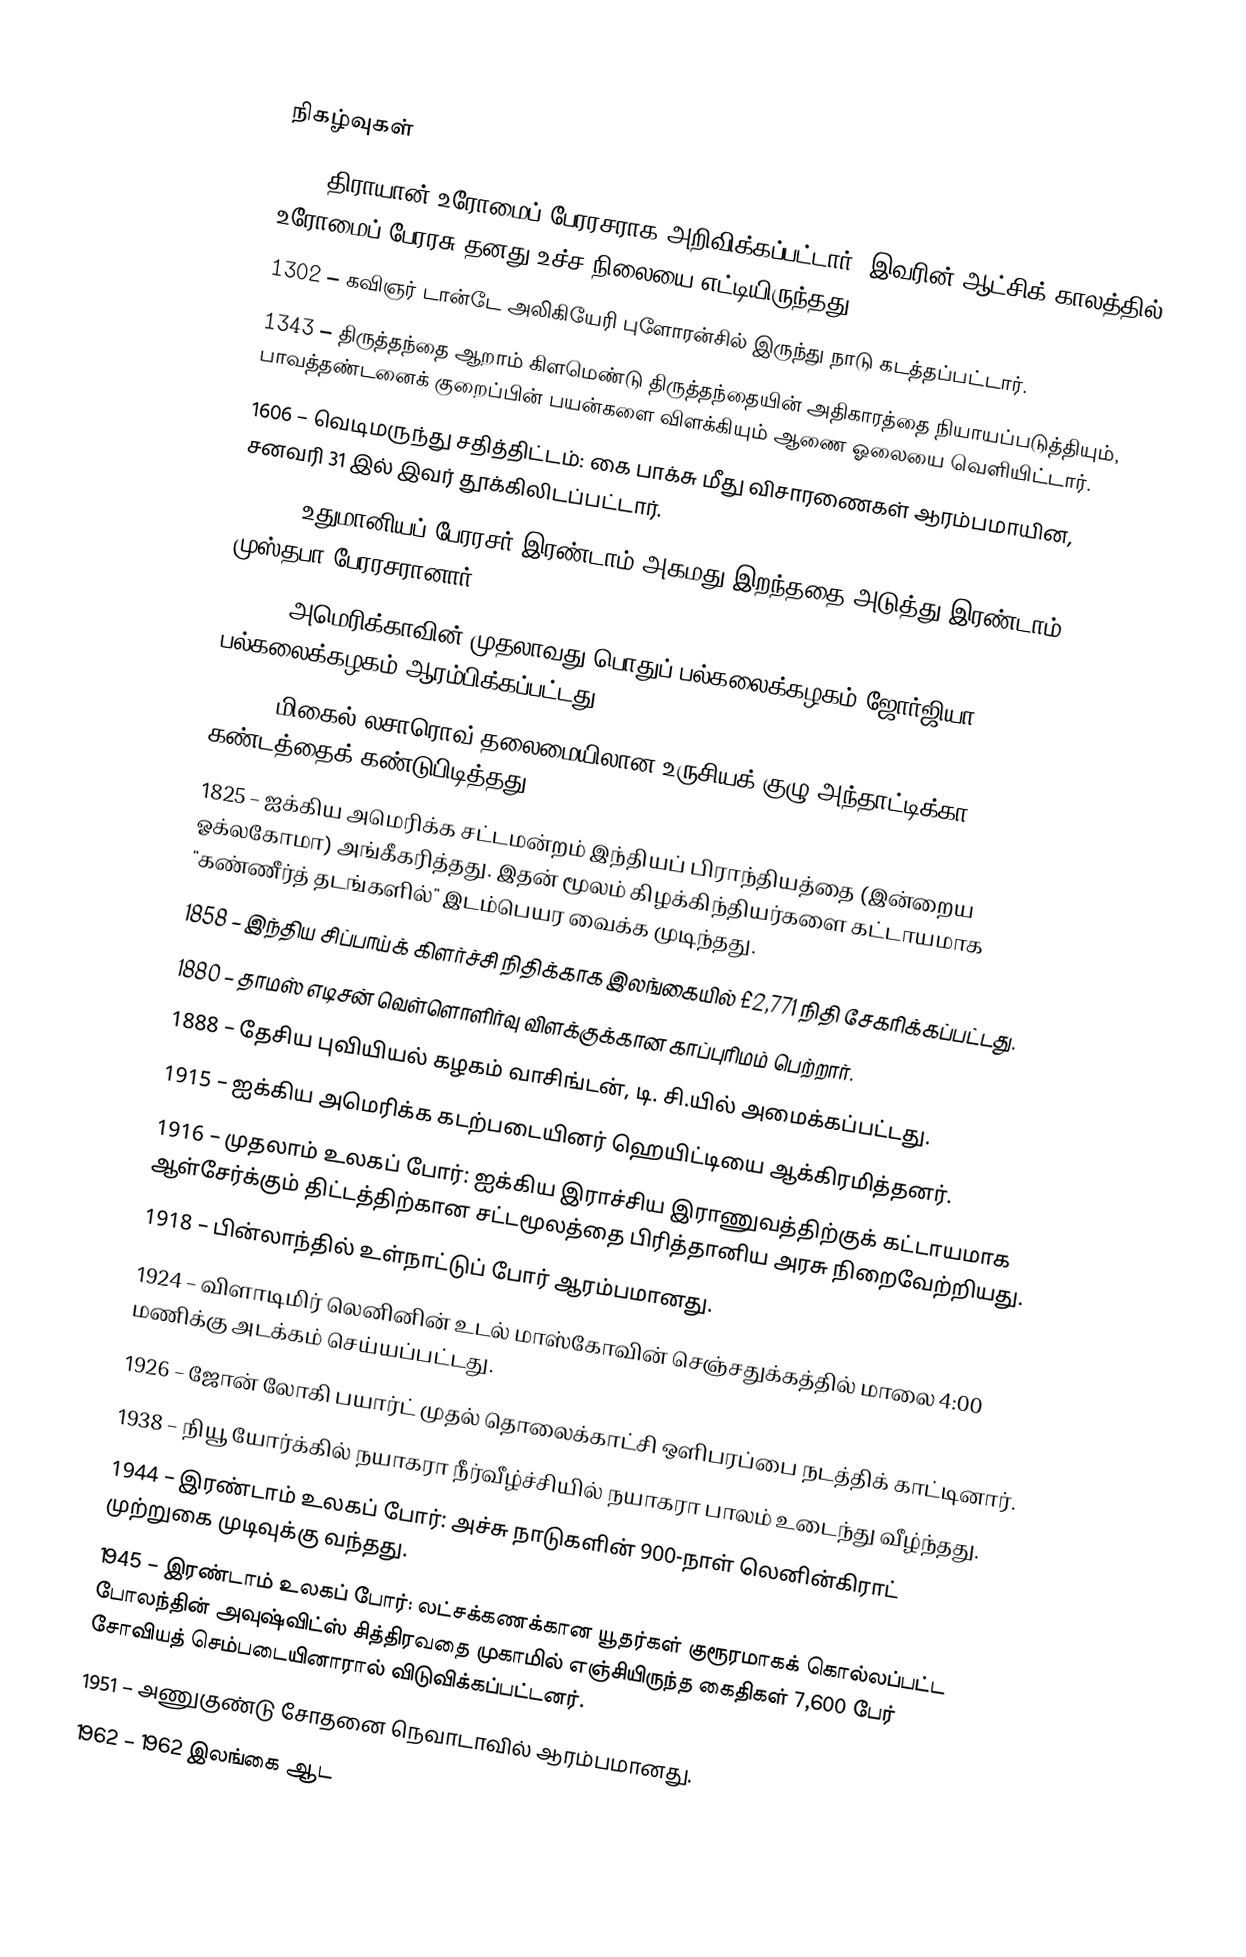

நிகழ்வுகள்
 98 – திராயான் உரோமைப் பேரரசராக அறிவிக்கப்பட்டார். இவரின் ஆட்சிக் காலத்தில் உரோமைப் பேரரசு தனது உச்ச நிலையை எட்டியிருந்தது.
1302 – கவிஞர் டான்டே அலிகியேரி புளோரன்சில் இருந்து நாடு கடத்தப்பட்டார்.
1343 – திருத்தந்தை ஆறாம் கிளமெண்டு திருத்தந்தையின் அதிகாரத்தை நியாயப்படுத்தியும், பாவத்தண்டனைக் குறைப்பின் பயன்களை விளக்கியும் ஆணை ஓலையை வெளியிட்டார்.
1606 – வெடிமருந்து சதித்திட்டம்: கை பாக்சு மீது விசாரணைகள் ஆரம்பமாயின, சனவரி 31 இல் இவர் தூக்கிலிடப்பட்டார்.
1695 – உதுமானியப் பேரரசர் இரண்டாம் அகமது இறந்ததை அடுத்து இரண்டாம் முஸ்தபா பேரரசரானார்.
1785 – அமெரிக்காவின் முதலாவது பொதுப் பல்கலைக்கழகம் ஜோர்ஜியா பல்கலைக்கழகம் ஆரம்பிக்கப்பட்டது.
1820 – மிகைல் லசாரொவ் தலைமையிலான உருசியக் குழு அந்தாட்டிக்கா கண்டத்தைக் கண்டுபிடித்தது.
1825 – ஐக்கிய அமெரிக்க சட்டமன்றம் இந்தியப் பிராந்தியத்தை (இன்றைய ஓக்லகோமா) அங்கீகரித்தது. இதன் மூலம் கிழக்கிந்தியர்களை கட்டாயமாக "கண்ணீர்த் தடங்களில்" இடம்பெயர வைக்க முடிந்தது.
1858 – இந்திய சிப்பாய்க் கிளர்ச்சி நிதிக்காக இலங்கையில் £2,771 நிதி சேகரிக்கப்பட்டது.
1880 – தாமஸ் எடிசன் வெள்ளொளிர்வு விளக்குக்கான காப்புரிமம் பெற்றார்.
1888 – தேசிய புவியியல் கழகம் வாசிங்டன், டி. சி.யில் அமைக்கப்பட்டது.
1915 – ஐக்கிய அமெரிக்க கடற்படையினர் ஹெயிட்டியை ஆக்கிரமித்தனர்.
1916 – முதலாம் உலகப் போர்: ஐக்கிய இராச்சிய இராணுவத்திற்குக் கட்டாயமாக ஆள்சேர்க்கும் திட்டத்திற்கான சட்டமூலத்தை பிரித்தானிய அரசு நிறைவேற்றியது.
1918 – பின்லாந்தில் உள்நாட்டுப் போர் ஆரம்பமானது.
1924 – விளாடிமிர் லெனினின் உடல் மாஸ்கோவின் செஞ்சதுக்கத்தில் மாலை 4:00 மணிக்கு அடக்கம் செய்யப்பட்டது.
1926 – ஜோன் லோகி பயார்ட் முதல் தொலைக்காட்சி ஒளிபரப்பை நடத்திக் காட்டினார்.
1938 – நியூ யோர்க்கில் நயாகரா நீர்வீழ்ச்சியில் நயாகரா பாலம் உடைந்து வீழ்ந்தது.
1944 – இரண்டாம் உலகப் போர்: அச்சு நாடுகளின் 900-நாள் லெனின்கிராட் முற்றுகை முடிவுக்கு வந்தது.
1945 – இரண்டாம் உலகப் போர்: லட்சக்கணக்கான யூதர்கள் குரூரமாகக் கொல்லப்பட்ட போலந்தின் அவுஷ்விட்ஸ் சித்திரவதை முகாமில் எஞ்சியிருந்த கைதிகள் 7,600 பேர் சோவியத் செம்படையினாரால் விடுவிக்கப்பட்டனர்.
1951 – அணுகுண்டு சோதனை நெவாடாவில் ஆரம்பமானது.
1962 – 1962 இலங்கை ஆட